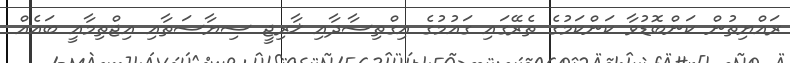
ރައްޔިތުން ކަންބޮޑުވާ ކަންކަމުގެ ތެރޭގައި ގައުމުގެ އިގްތިސާދާއި ޚާރިޖީ ސިޔާސަތާއި އިޖްތިމާއީ ބައެއް